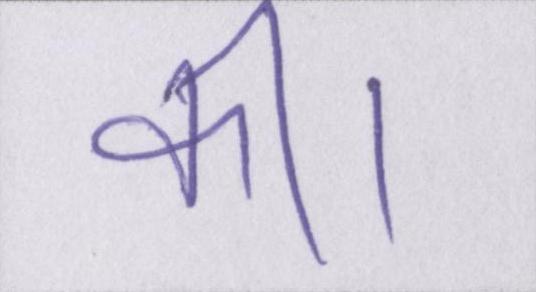
की।